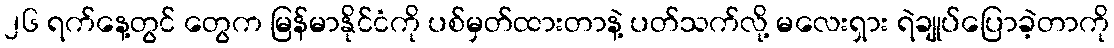
၂၆ ရက်နေ့တွင် တွေက မြန်မာနိုင်ငံကို ပစ်မှတ်ထားတာနဲ့ ပတ်သက်လို့ မလေးရှား ရဲချုပ်ပြောခဲ့တာကို